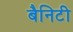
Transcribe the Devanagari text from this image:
बैनिटी